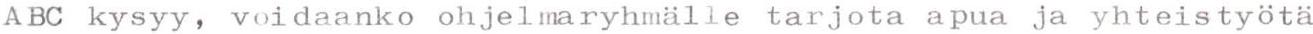
ABC kysyy, voidaanko ohjelmaryhmälle tarjota apua ja yhteistyötä